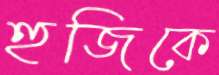
হুজিকে